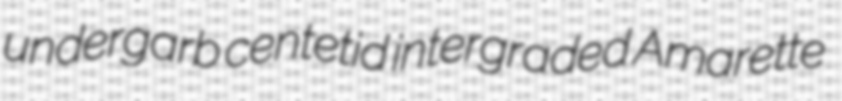
undergarb centetid intergraded Amarette